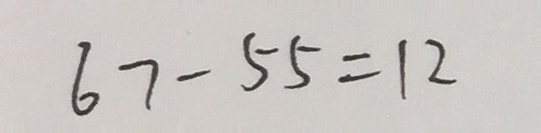
6 7 - 5 5 = 1 2